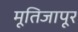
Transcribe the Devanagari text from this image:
मूतिजापूर